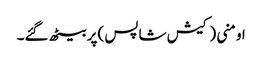
اومنی (کیش شاپس )پر بیٹھ گئے۔